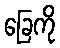
ခြေကို